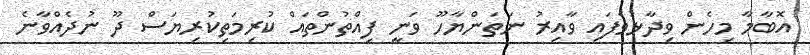
އޮޮބާމާ މިހެން ވިދާޅުވެފައި ވާއިރު ނަތަންޔާހޫ ވަނީ ފިއްތުންތައް ކުރިމަތިކުރިޔަސް ދޫ ނުދެއްވާނެ